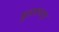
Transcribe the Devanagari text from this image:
मुज़फ़्फ़पुर